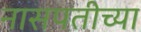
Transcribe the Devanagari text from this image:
नासपतीच्या